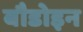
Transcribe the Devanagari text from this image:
बौडोइन